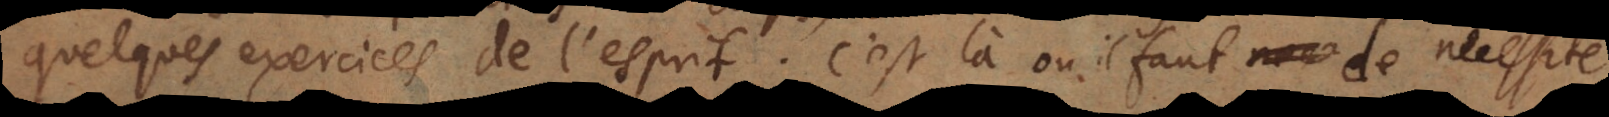
quelques exercices de l’esprit. C’est là où il faut de necessité